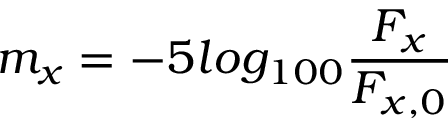
m _ { x } = - 5 l o g _ { 1 0 0 } \frac { F _ { x } } { F _ { x , 0 } }